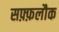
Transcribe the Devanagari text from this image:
सफ़्फ़लौक